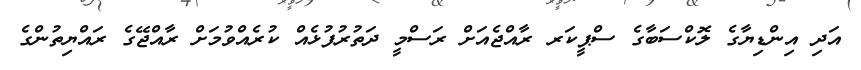
އަދި އިންޑިޔާގެ ލޮކްސަބާގެ ސްޕީކަރ ރާއްޖެއަށް ރަސްމީ ދަތުރުފުޅެއް ކުރެއްވުމަށް ރާއްޖޭގެ ރައްޔިތުންގެ